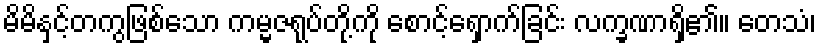
မိမိနှင့်တကွဖြစ်သော ကမ္မဇရုပ်တို့ကို စောင့်ရှောက်ခြင်း လက္ခဏာရှိ၏။ တေသံ၊